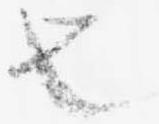
也